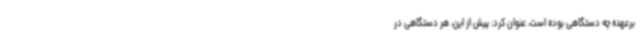
برعهده چه دستگاهی بوده است، عنوان کرد: پیش از این، هر دستگاهی در